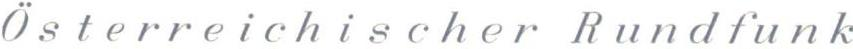
Osterreichischer Rundfunk